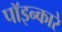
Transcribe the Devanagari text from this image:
पॉइन्कारे